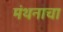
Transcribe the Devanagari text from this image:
मंथनाचा